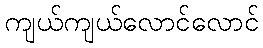
ကျယ်ကျယ်လောင်လောင်